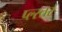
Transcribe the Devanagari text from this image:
प्ल्स्तर